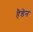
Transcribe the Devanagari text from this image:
हैडेन